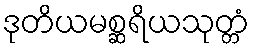
ဒုတိယမစ္ဆရိယသုတ္တံ